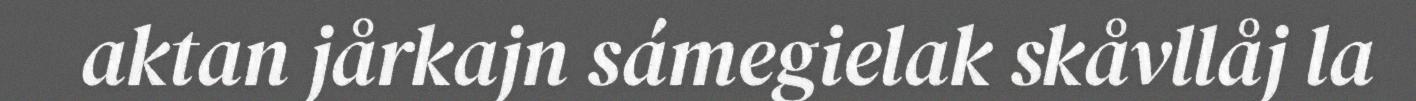
aktan jårkajn sámegielak skåvllåj la